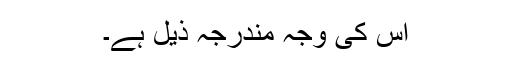
اس کی وجہ مندرجہ ذیل ہے۔